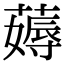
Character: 薅